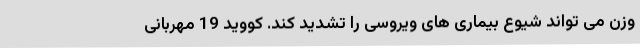
وزن می تواند شیوع بیماری های ویروسی را تشدید کند. کووید 19 مهربانی